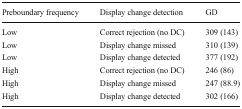
| Preboundary frequency | Display change detection | GD |
 | --- | --- | --- |
 | Low | Correct rejection (no DC) | 309 (143) |
 | Low | Display change missed | 310 (139) |
 | Low | Display change detected | 377 (192) |
 | High | Correct rejection (no DC) | 246 (86) |
 | High | Display change missed | 247 (88.9) |
 | High | Display change detected | 302 (166) |